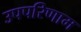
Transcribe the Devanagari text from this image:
उपपरिणाम